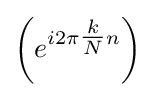
\left(e^{i2\pi {\tfrac {k}{N}}n}\right)